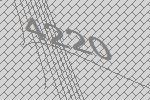
4220